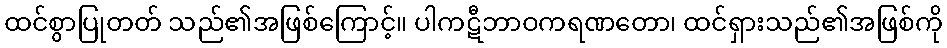
ထင်စွာပြုတတ် သည်၏အဖြစ်ကြောင့်။ ပါကဋီဘာဝကရဏတော၊ ထင်ရှားသည်၏အဖြစ်ကို